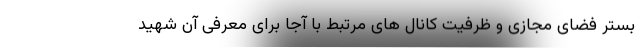
بستر فضای مجازی و ظرفیت کانال های مرتبط با آجا برای معرفی آن شهید